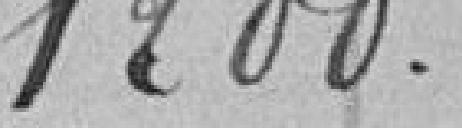
1,200.